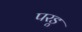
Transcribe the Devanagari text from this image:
परडू